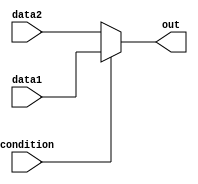
module conditional_assignment (
    input wire condition,     // Condition signal (single bit)
    input wire [WIDTH-1:0] data1,  // First data input
    input wire [WIDTH-1:0] data2,  // Second data input
    output reg [WIDTH-1:0] out     // Output signal
);

    parameter WIDTH = 8; // Set the width of the data signals (default 8 bits)

    always @(*) begin
        out = (condition) ? data1 : data2; // Conditional assignment using ternary operator
    end

endmodule